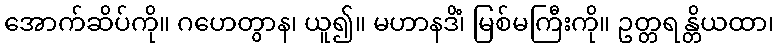
အောက်ဆိပ်ကို။ ဂဟေတွာန၊ ယူ၍။ မဟာနဒိံ၊ မြစ်မကြီးကို။ ဥတ္တရန္တိယထာ၊